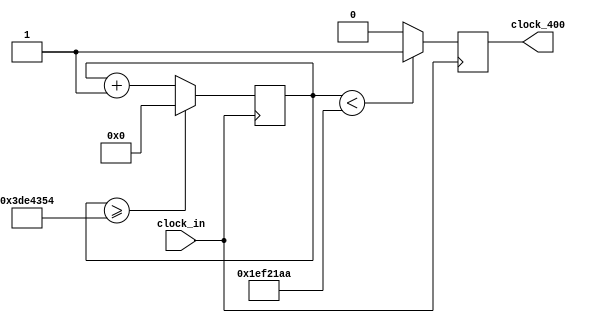
module ck03 (input clock_in, output reg clock_400);

reg [27:0]  counter = 28'd0;
parameter DIVISOR = 28'd333333333;
always @(posedge clock_in)
begin
counter <= counter + 28'd1;
if (counter >=(DIVISOR-1))
counter <= 28'd0;
clock_400 <= (counter<DIVISOR/2)?1'b1:1'b0;

end

endmodule